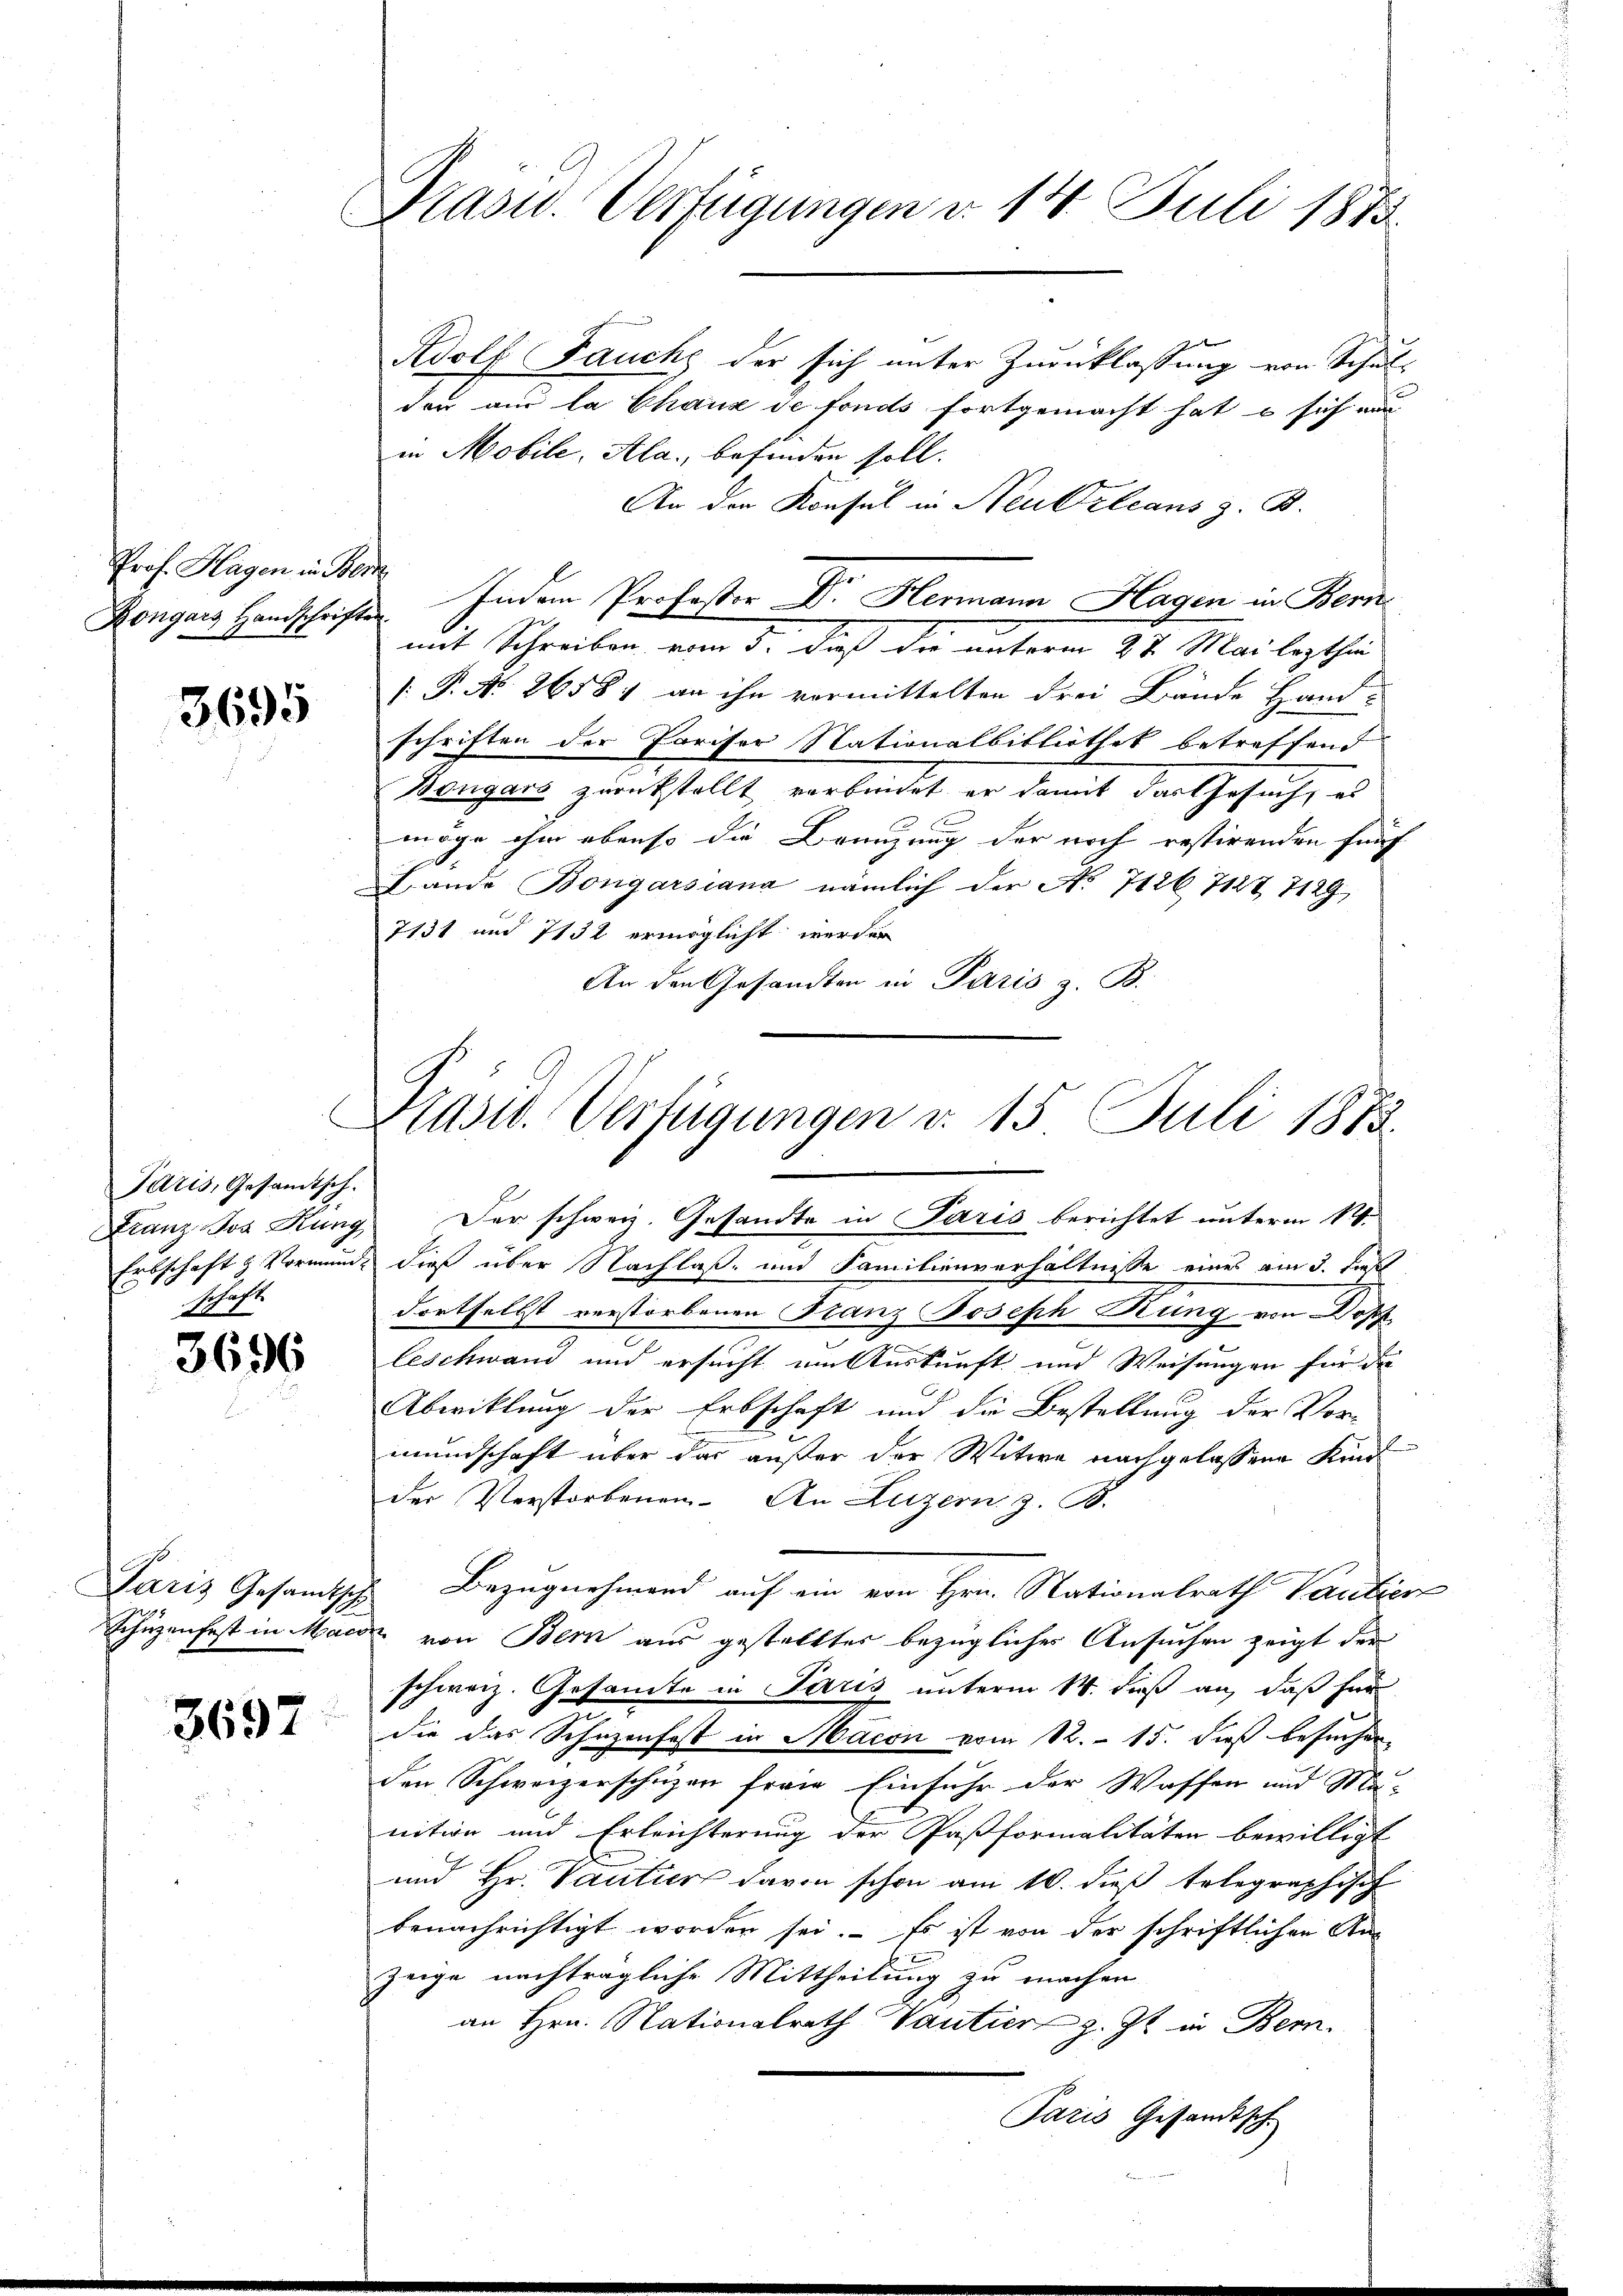
Prof. Hagen in Bern
Kongars Handschriften

3695

Paris, Gesamtsch.
schaft

3696

Paris Gesamtsch

3697

Prasw. Verfügungen d. 14. Juli 1873.

Adolf Fauch der sich unter Zurücklassung von Schul-
der aus la Chaux de fonds fortgemacht hat, u sich nur
in Mobile, Ala., befinden soll.
An den Konsul in Neu Orleans z. B.
mit Schreiben, vom 5. dieß die unterm 27. Mai lezthin
[P. Nr. 26584 an ihn vormittelten drei Bände Hand-
schriften der Pariser Nationalbibliothek betreffend
Bongars zurückstellt vorbendet er damit das Gesuch, es
möge ihm ebenso die Brünzung der noch restirenden fünf
Lande Bongarsiana, nämlich der No 7126 7127 7129,
7131 und 7132 ermöglicht werden
An den Gesandten in Paris z. B.

Indem Professor Dr. Hermann Hagen in Bern

Hrasw. Verfügungen v. 15 Juli 1872
Franz Jos Kung. Der schweiz. Gesandte in Paris berichtet unterm 12.

Erbschaft & Vormunde dieß über Nachlaß- und Familienverhältnisse eines am 3. dies
dortselbst verstorbenen Franz Joseph Rung von Dopf
leschwand und ersucht um Auskunft und Weisungen für da
Abwicklung der Erbschaft und die Bestellung der Vor-
mundschaft über das außer der Witwe nachgelassene Kin
der Verstorbenen. An Luzern z. B.
 Bezugnehmend auf ein von Hrn. Nationalrath Vantier
Schüzenfest in Maerz von Bern aus gestellter bezüglicher Ansuchen zeigt der
schweiz. Gesamte in Paris unterm 14. dieß an, daß für
die das Schazenfest in Macon vom 12. 15. dieß besuchen
den Schweizerschuzen freie Einfuhr der Wassen und Ma-
nition und Erleichterung der Paßformalitäten bewilligt
und Hr. Vantier davon schon am 10. dieß telegraphisch
benachrichtigt worden sei. Es ist von der schriftlichen Anzeige nachträgliche Mittheilung zu machen
an Hrn. Nationalrath Vantier z. Zt. in Bern,
Paris Gesandtsch